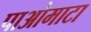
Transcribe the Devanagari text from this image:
पाओमाटा